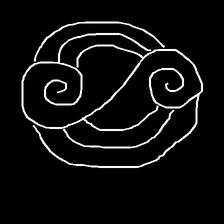
Glyph: wind-underfoot